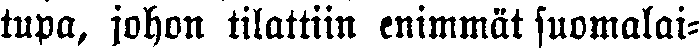
tupa, johon tilattiin enimmät suomalai-